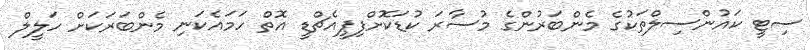
ސިޓީ ކައުންސިލްތަކުގެ މެންބަރުންގެ މުސާރަ ކުޑަކޮށްފިޕީއެޗްޑީ އޮތް ހަމައެކަނި މެންބަރަކަށް ހަލީލް